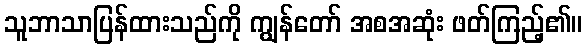
သူဘာသာပြန်ထားသည်ကို ကျွန်တော် အစအဆုံး ဖတ်ကြည့်၏။